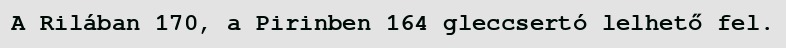
A Rilában 170, a Pirinben 164 gleccsertó lelhető fel.